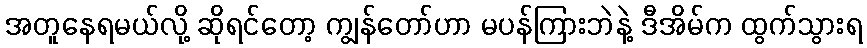
အတူနေရမယ်လို့ ဆိုရင်တော့ ကျွန်တော်ဟာ မပန်ကြားဘဲနဲ့ ဒီအိမ်က ထွက်သွားရ